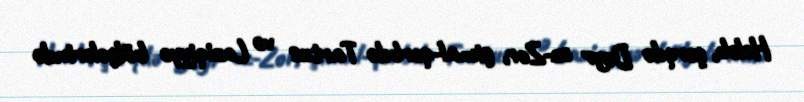
Hələb, şərqdə Deyr əz-Zor, şimal-qərbdə Tartus və Laziqiyyə bölgələrində